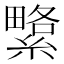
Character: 䌎